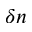
\delta n